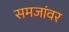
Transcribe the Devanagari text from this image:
समजांवर